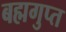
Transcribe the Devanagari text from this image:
बह्मगुप्त